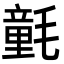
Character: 氃